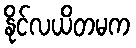
နိုင်လယိတမက